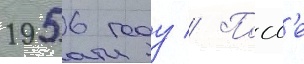
1956 году // Посл'е